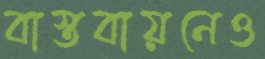
বাস্তবায়নেও